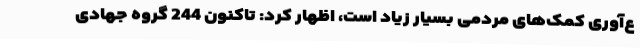
ع‌آوری کمک‌های مردمی بسیار زیاد است، اظهار کرد: تاکنون 244 گروه جهادی